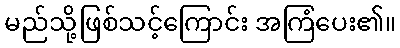
မည်သို့ဖြစ်သင့်ကြောင်း အကြံပေး၏။